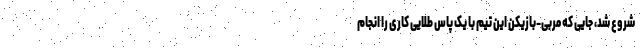
شروع شد، جایی که مربی-بازیکن این تیم با یک پاس طلایی کاری را انجام